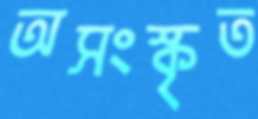
অসংস্কৃত